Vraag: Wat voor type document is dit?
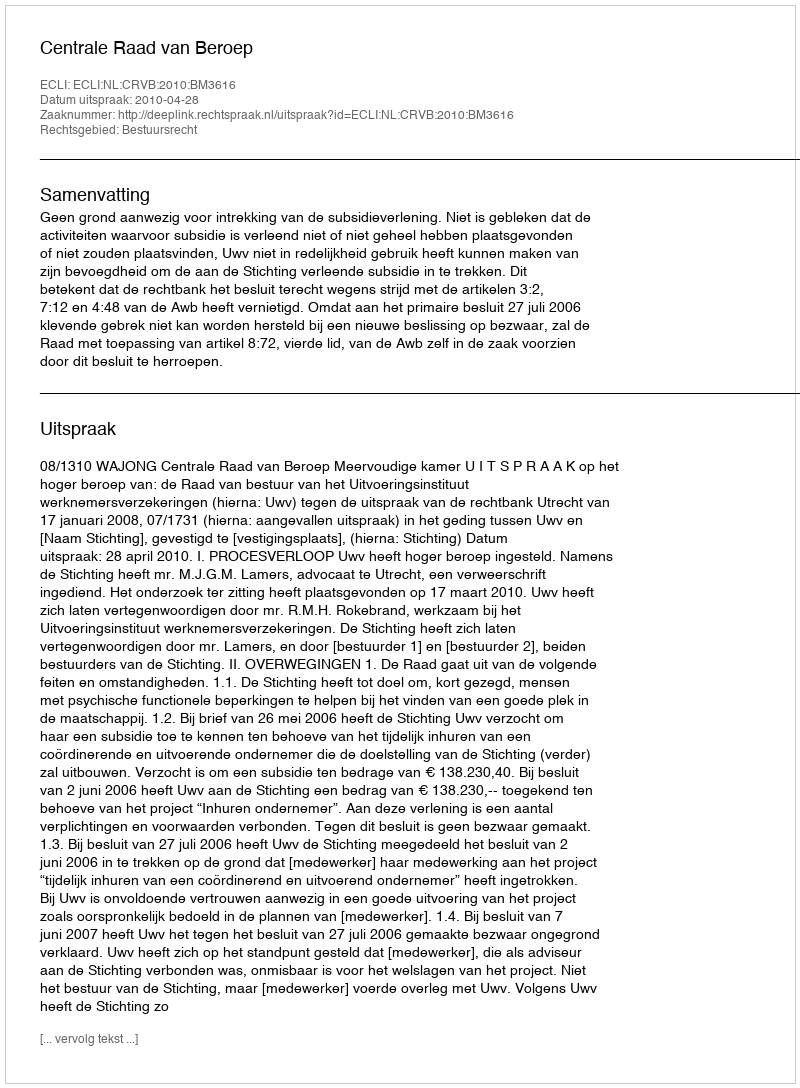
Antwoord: Uitspraak